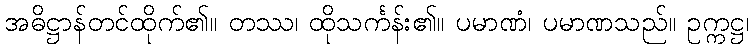
အဓိဋ္ဌာန်တင်ထိုက်၏။ တဿ၊ ထိုသင်္ကန်း၏။ ပမာဏံ၊ ပမာဏသည်။ ဥက္ကဋ္ဌ၊